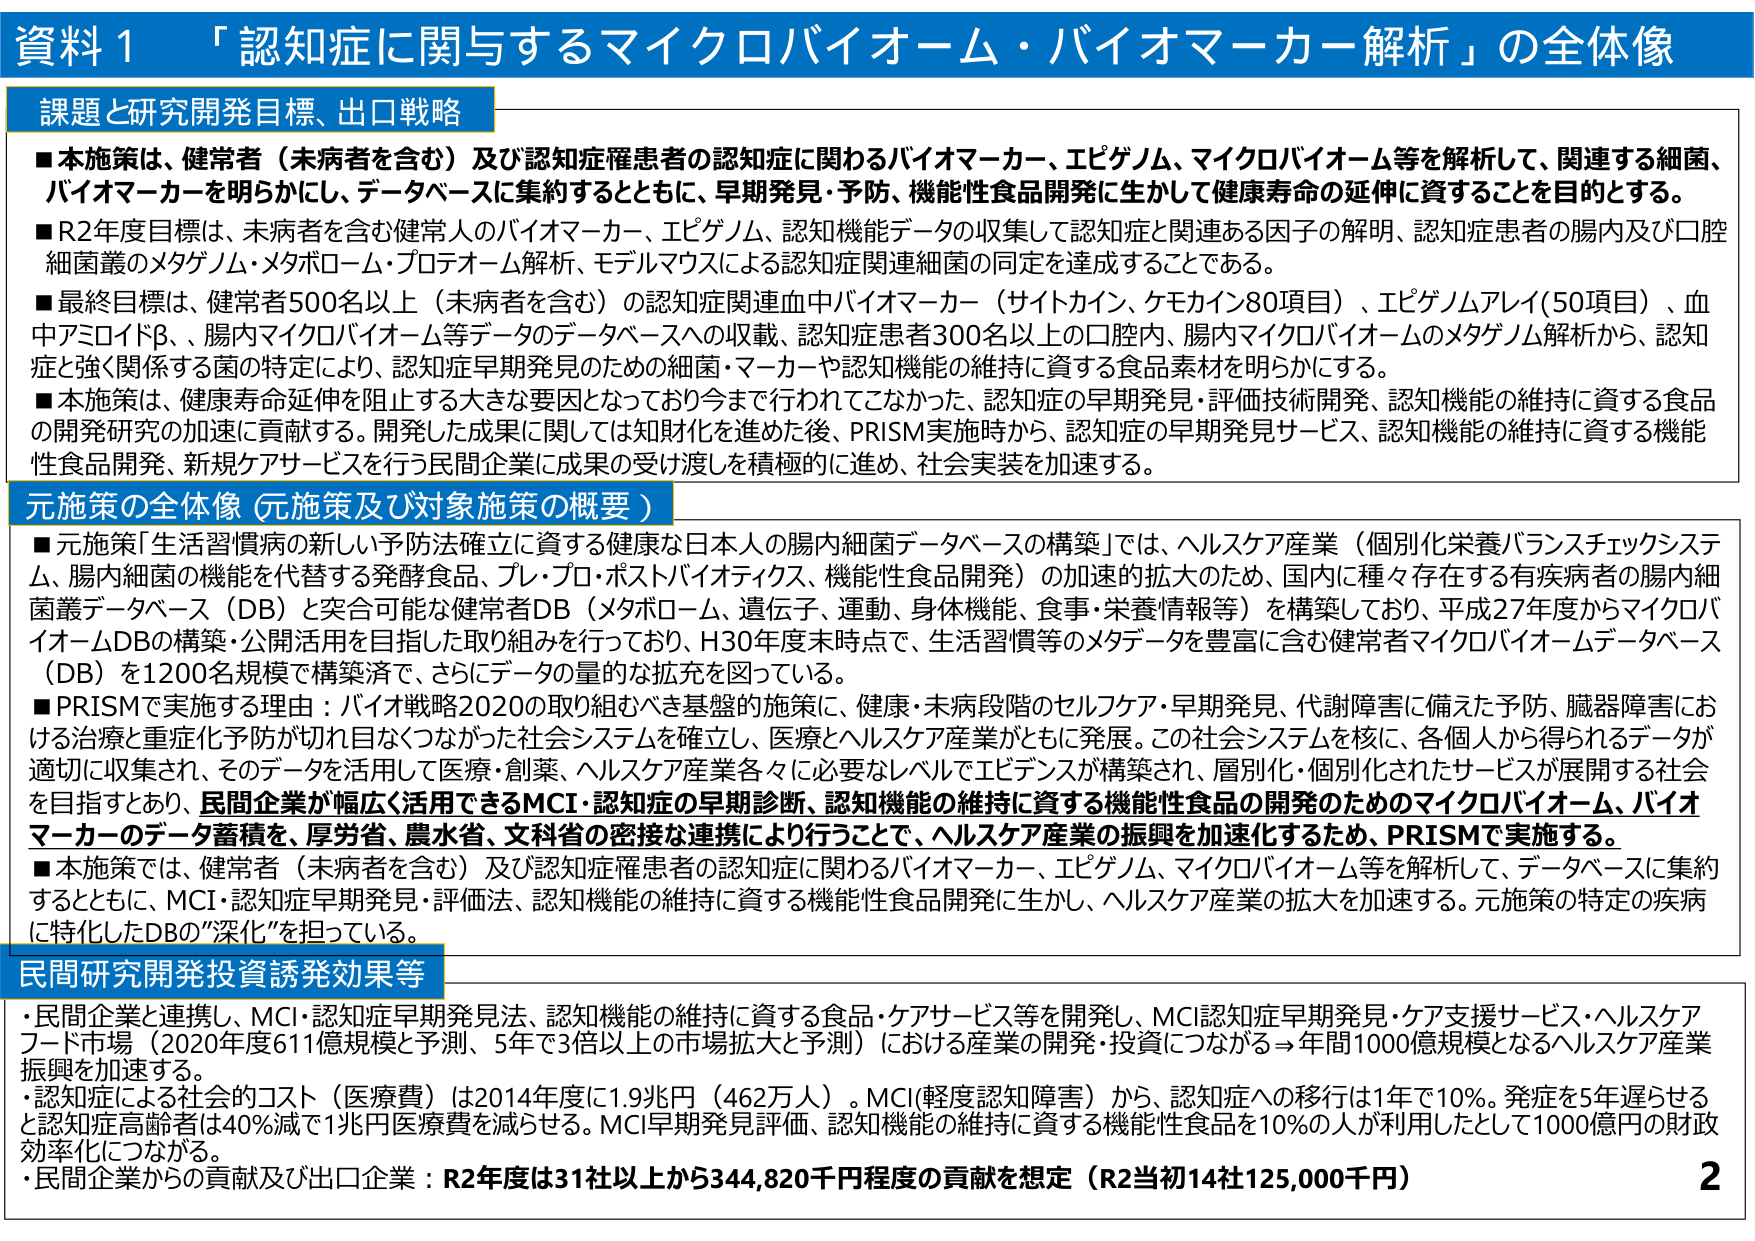
資料1 「認知症に関与するマイクロバイオーム・バイオマーカー解析」の全体像

課題と研究開発目標、出口戦略
■本施策は、健常者（未病者を含む）及び認知症罹患者の認知症に関わるバイオマーカー、エピゲノム、マイクロバイオーム等を解析して、関連する細菌、バイオマーカーを明らかにし、データベースに集約するとともに、早期発見・予防、機能性食品開発に生かして健康寿命の延伸に資することを目的とする。
■R2年度目標は、未病者を含む健常人のバイオマーカー、エピゲノム、認知機能データの収集して認知症と関連ある因子の解明、認知症患者の腸内及び口腔細菌叢のメタゲノム・メタボローム・プロテオーム解析、モデルマウスによる認知症関連細菌の同定を達成することである。
■最終目標は、健常者500名以上（未病者を含む）の認知症関連血中バイオマーカー（サイトカイン、ケモカイン80項目）、エピゲノムアレイ(50項目)、血中アミロイドβ、腸内マイクロバイオーム等データのデータベースへの収載、認知症患者300名以上の口腔内、腸内マイクロバイオームのメタゲノム解析から、認知症と強く関係する菌の特定により、認知症早期発見のための細菌・マーカーや認知機能の維持に資する食品素材を明らかにする。
■本施策は、健康寿命延伸を阻止する大きな要因となっており今まで行われてこなかった、認知症の早期発見・評価技術開発、認知機能の維持に資する食品の開発研究の加速に貢献する。開発した成果に関しては知財化を進めた後、PRISM実施時から、認知症の早期発見サービス、認知機能の維持に資する機能性食品開発、新規ケアサービスを行う民間企業に成果の受け渡しを積極的に進め、社会実装を加速する。

元施策の全体像（元施策及び対象施策の概要）
■元施策「生活習慣病の新しい予防法確立に資する健康な日本人の腸内細菌データベースの構築」では、ヘルスケア産業（個別化栄養バランスチェックシステム、腸内細菌の機能を代替する発酵食品、プレ・プロ・ポストバイオティクス、機能性食品開発）の加速的拡大のため、国内に種々存在する有疾病者の腸内細菌叢データベース（DB）と突合可能な健常者DB（メタボローム、遺伝子、運動、身体機能、食事・栄養情報等）を構築しており、平成27年度からマイクロバイオームDBの構築・公開活用を目指した取り組みを行っており、H30年度末時点で、生活習慣等のメタデータを豊富に含む健常者マイクロバイオームデータベース（DB）を1200名規模で構築済で、さらにデータの量的な拡充を図っている。
■PRISMで実施する理由：バイオ戦略2020の取り組むべき基盤的施策に、健康・未病段階のセルフケア・早期発見、代謝障害に備えた予防、臓器障害における治療と重症化予防が切れ目なくつながった社会システムを確立し、医療とヘルスケア産業がともに発展。この社会システムを核に、各個人から得られるデータが適切に収集され、そのデータを活用して医療・創薬、ヘルスケア産業各々に必要なレベルでエビデンスが構築され、層別化・個別化されたサービスが展開する社会を目指すとおり、民間企業が幅広く活用できるMCI・認知症の早期診断、認知機能の維持に資する機能性食品の開発のためのマイクロバイオーム、バイオマーカーのデータ蓄積を、厚労省、農水省、文科省の密接な連携により行うことで、ヘルスケア産業の振興を加速化するため、PRISMで実施する。
■本施策では、健常者（未病者を含む）及び認知症罹患者の認知症に関わるバイオマーカー、エピゲノム、マイクロバイオーム等を解析して、データベースに集約するとともに、MCI・認知症早期発見・評価法、認知機能の維持に資する機能性食品開発に生かし、ヘルスケア産業の拡大を加速する。元施策の特定の疾病に特化したDBの“深化”を担っている。

民間研究開発投資誘発効果等
・民間企業と連携し、MCI・認知症早期発見法、認知機能の維持に資する食品・ケアサービス等を開発し、MCI認知症早期発見・ケア支援サービス・ヘルスケアフード市場（2020年度611億規模と予測、5年で3倍以上の市場拡大と予測）における産業の開発・投資につながる→年間1000億規模となるヘルスケア産業振興を加速する。
・認知症による社会的コスト（医療費）は2014年度に1.9兆円（462万人）。MCI(軽度認知障害)から、認知症への移行は1年で10%。発症を5年遅らせると認知症高齢者は40%減で1兆円医療費を減らせる。MCI早期発見評価、認知機能の維持に資する機能性食品を10%の人が利用したとして1000億円の財政効率化につながる。
・民間企業からの貢献及び出口企業：R2年度は31社以上から344,820千円程度の貢献を想定（R2当初14社125,000千円）

2